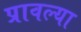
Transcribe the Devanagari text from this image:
प्रावल्या